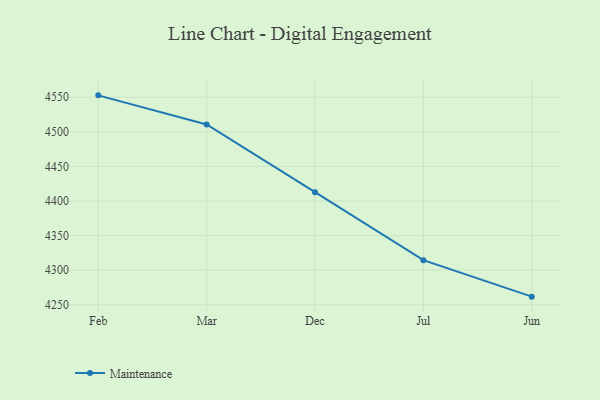
{"axis": {"x": "Month", "y": "Conversion Rate (%)"}, "legend": ["Maintenance"], "data": [{"x": "Feb", "y": 4552.8, "type": "Maintenance"}, {"x": "Mar", "y": 4510.7, "type": "Maintenance"}, {"x": "Dec", "y": 4412.8, "type": "Maintenance"}, {"x": "Jul", "y": 4314.5, "type": "Maintenance"}, {"x": "Jun", "y": 4261.7, "type": "Maintenance"}]}